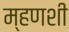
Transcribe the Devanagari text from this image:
म्हणशी